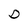
Character: D